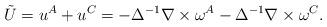
LaTeX: \begin{align*}\tilde U = u^A +u^C=-\Delta^{-1} \nabla \times \omega^A - \Delta^{-1} \nabla \times \omega^C.\end{align*}